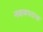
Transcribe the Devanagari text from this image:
नवाबपदाचा